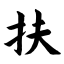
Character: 扶